Lunatic asylums Burma 1907-21 - 1907-1921
Year: 1907
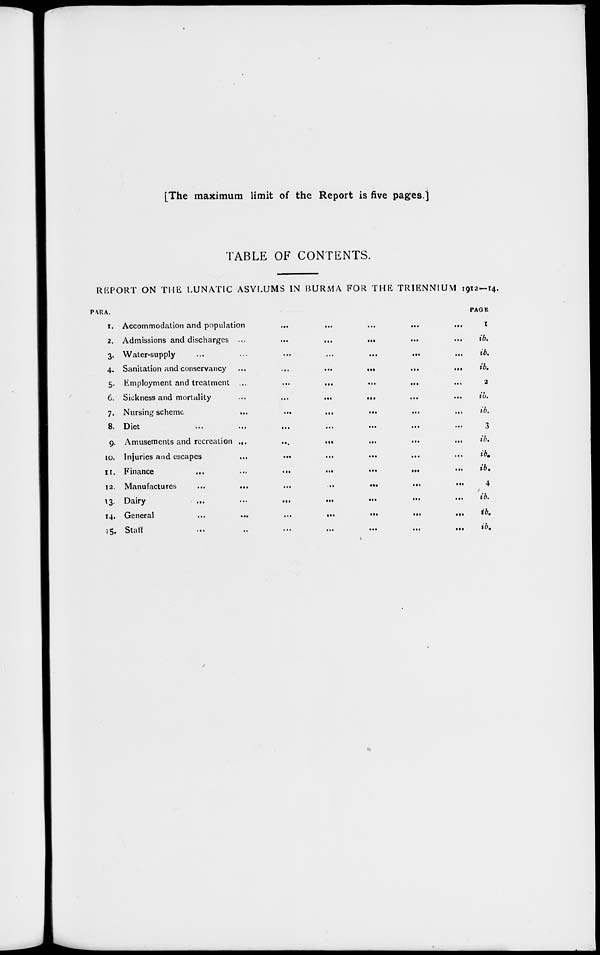
[The maximum limit of the Report is five pages.]
TABLE OF CONTENTS.
REPORT ON THE LUNATIC ASYLUMS IN BURMA FOR THE TRIENNIUM 1912—14.
PARA.
1.
2.
3.
4.
5.
6.
7.
8.
9.
10.
11.
12.
13.
14.
15.
Accommodation and population
...
...
...
...
...
Admissions and discharges ...
...
...
... ... ...
Water-supply
...
...
...
...
...
... ...
Sanitation and conservancy ...
...
...
...
...
...
Employment and treatment ...
...
...
... ... ...
Sickness and mortality
...
...
... ... ... ...
Nursing scheme
,..
...
...
... ... ...
Diet
...
...
...
...
...
...
...
Amusements and recreation
...
...
...
...
...
...
Injuries and escapes
...
...
...
...
... ...
Finance
...
...
...
...
...
...
...
Manufactures
...
...
...
..
...
...
...
Dairy
...
...
...
...
...
...
...
General
...
...
...
...
...
...
...
Staff
...
..
...
... ... ...
PAGE
1
ib.
ib.
ib.
2
ib.
ib.
3
ib.
ib.
ib.
4
ib.
ib.
ib.